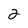
Character: 2